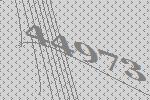
44973